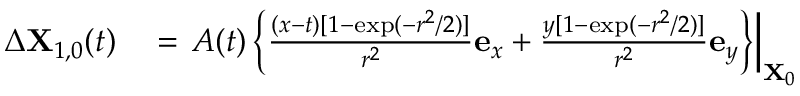
\begin{array} { r l } { \Delta \mathbf { X } _ { 1 , 0 } ( t ) } & { { } = \left. A ( t ) \left\{ \frac { ( x - t ) [ 1 - \exp ( - r ^ { 2 } / 2 ) ] } { r ^ { 2 } } \mathbf { e } _ { x } + \frac { y [ 1 - \exp ( - r ^ { 2 } / 2 ) ] } { r ^ { 2 } } \mathbf { e } _ { y } \right\} \right\vert _ { \mathbf { X } _ { 0 } } } \end{array}